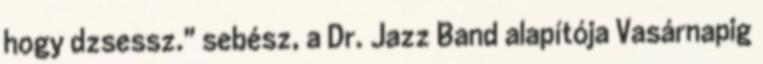
hogy dzsessz." sebész, a Dr. Jazz Band alapítója Vasárnapig